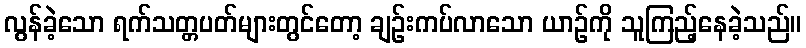
လွန်ခဲ့သော ရက်သတ္တပတ်များတွင်တော့ ချဉ်းကပ်လာသော ယာဉ်ကို သူကြည့်နေခဲ့သည်။